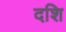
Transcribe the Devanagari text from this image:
दशि